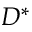
D ^ { * }